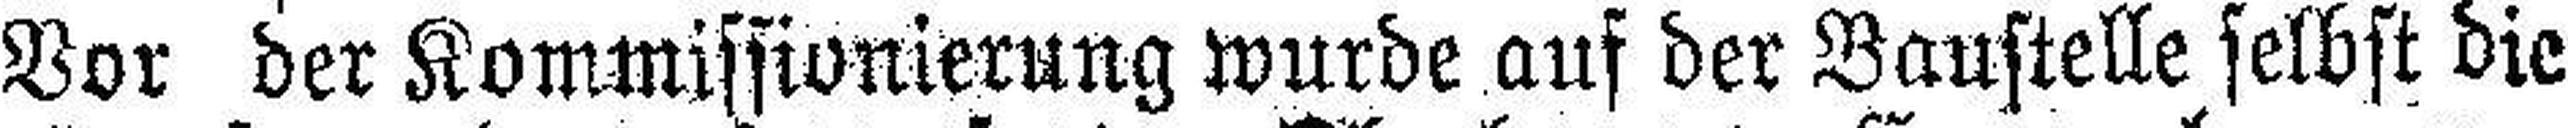
Vor der Kommissionierung wurde auf der Baustelle selbst die